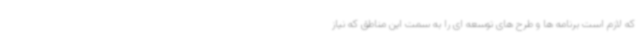
که لازم است برنامه ها و طرح های توسعه ای را به سمت این مناطق که نیاز